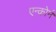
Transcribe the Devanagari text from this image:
एन्कोर्न